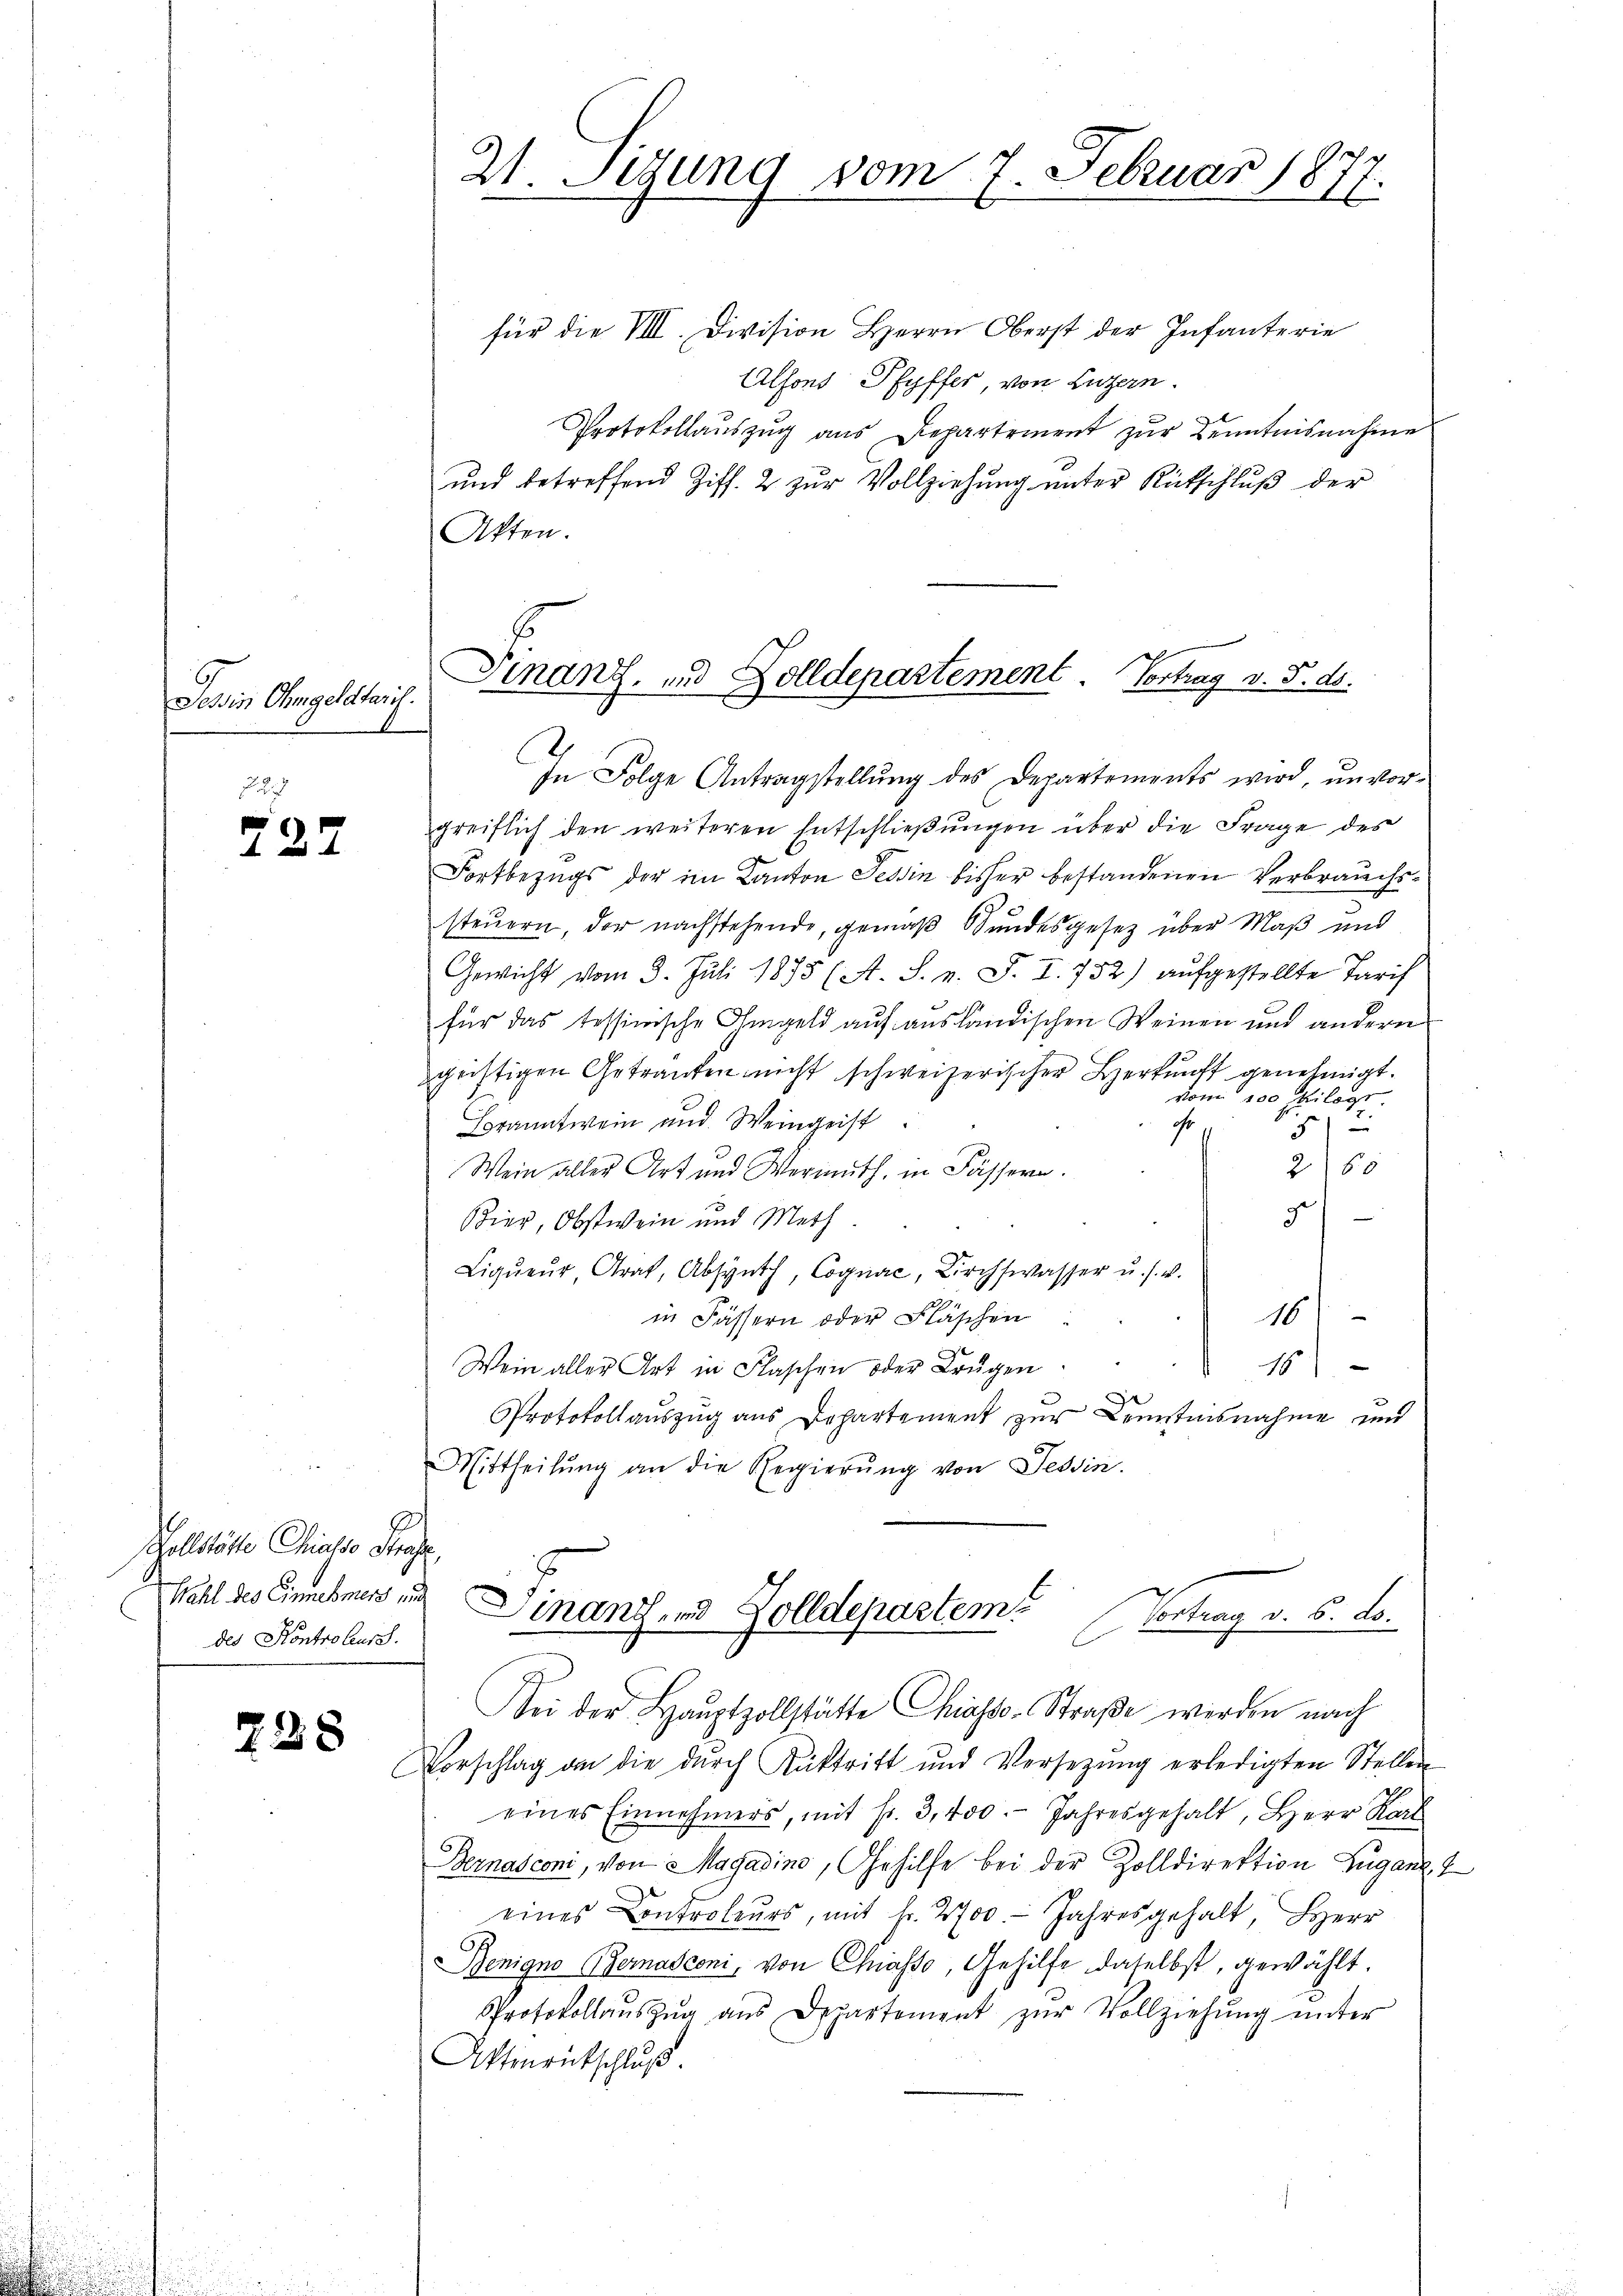
Tessin Ohmgeldtarif.

727

Wollstädte Chials Profe
Wahl des Einnehmens und
des Kontroleurs.

228

21. Sigung vom 7. Februar 1877.

für die VIII. Division Herrn Oberst der Infanterie
Alfons Pfyffer, von Luzern.
Protokollaŭszŭg aŭs Departement zŭr Kenntnisnahme
und betreffend Ziff. 2 zur Vollziehung unter Rutschluß der
Akten.
In Folge Antragstellung des Departements wird, unvorgreiflich den weiteren Entschließungen über die Frage des
Fortbezugs der im Kanton Tessin bisher bestandenen Verbrauchssteuern, der nachstehende, gemäß Bundesgesetz über Maß und
Gewicht vom 3. Juli 1875 (A. S. v. J. I. 752) aufgestellte Tarif
für das tessinische Ohmgeld auf ausländischen Weinen und andere
geistigen Getrauten nicht schweizerischer Herkunft genehmigt.
von 200 Kilogt.
Branntwein und Weingeist
r
5
2/50
Wein aller Art und Wermuth, in Fässeren.
3
Bier, Obstwein und Meth
Liqŭeur Grat, Absynth, Cognac, Kirchwasser u. s. w.
16
in Fässern oder Fläschen
e
Wein aller Art in Flaschen oder Brugen
18.
Protokollauszug aus Departement zur Kenntnisnahme und
Mittheilŭng an die Regierŭng von Tessin.
Finanzend Zolldepartem
Contrag v. 5. d.
Sei der Haŭptzollstätte Chiasso-Straβe werden nach
Vorschlag an die dŭrch Rücktritt und Versetzŭng erledigten Stellen
eines Einnehmers, mit Fr. 3, 400. Jahresgehalt, Herr Kar
Bernasconi, von Magadino, Gehilfe bei der Zolldirektion Zuganz
eines Controleurs, mit fr. 2700. Jahresgehalt, Herr
Benigno Bernasconi, von Chiasso, Gehilfe daselbst, gewählt.
Protokollaŭszŭg ans Departement zŭr Vollziehung unter
Attinrutschluß

Finanz, und Zolldepartement Vortrag v. 5. ds.